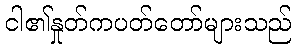
ငါ၏နှုတ်ကပတ်တော်များသည်